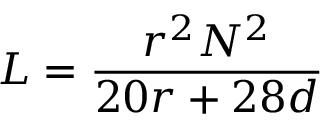
L = { \frac { r ^ { 2 } N ^ { 2 } } { 2 0 r + 2 8 d } }